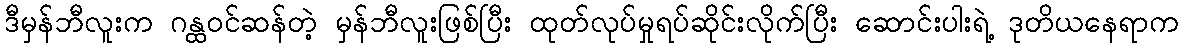
ဒီမှန်ဘီလူးက ဂန္ထဝင်ဆန်တဲ့ မှန်ဘီလူးဖြစ်ပြီး ထုတ်လုပ်မှုရပ်ဆိုင်းလိုက်ပြီး ဆောင်းပါးရဲ့ ဒုတိယနေရာက